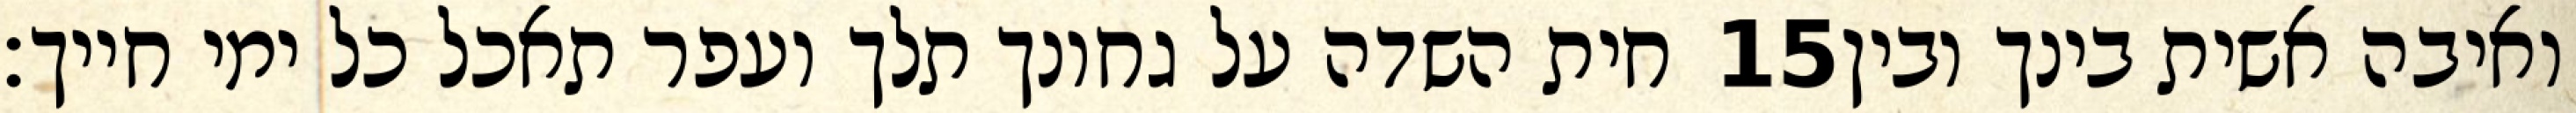
חית השדה על גחונך תלך ועפר תאכל כל ימי חייך׃ ‎15‏ ואיבה אשית בינך ובין